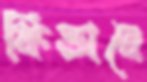
কিভাবে